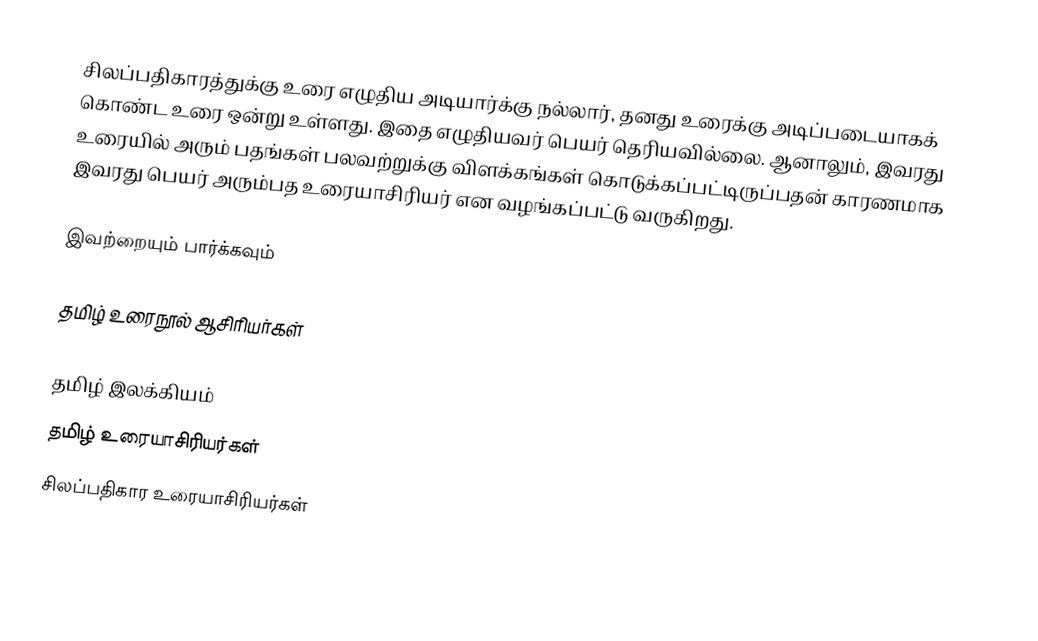
சிலப்பதிகாரத்துக்கு உரை எழுதிய அடியார்க்கு நல்லார், தனது உரைக்கு அடிப்படையாகக் கொண்ட உரை ஒன்று உள்ளது. இதை எழுதியவர் பெயர் தெரியவில்லை. ஆனாலும், இவரது உரையில் அரும் பதங்கள் பலவற்றுக்கு விளக்கங்கள் கொடுக்கப்பட்டிருப்பதன் காரணமாக இவரது பெயர் அரும்பத உரையாசிரியர் என வழங்கப்பட்டு வருகிறது.

இவற்றையும் பார்க்கவும்

 தமிழ் உரைநூல் ஆசிரியர்கள்

தமிழ் இலக்கியம்
தமிழ் உரையாசிரியர்கள்
சிலப்பதிகார உரையாசிரியர்கள்